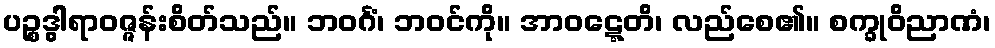
ပဉ္စဒွါရာဝဇ္ဇန်းစိတ်သည်။ ဘဝင်္ဂံ၊ ဘဝင်ကို။ အာဝဋ္ဋေတိ၊ လည်စေ၏။ စက္ခုဝိညာဏံ၊